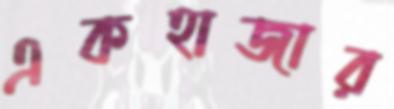
একহাজার